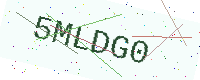
Text: 5MLDG0